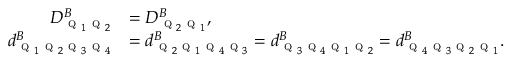
\begin{array} { r l } { D _ { \textsc { q } _ { 1 } \textsc { q } _ { 2 } } ^ { B } } & { = D _ { \textsc { q } _ { 2 } \textsc { q } _ { 1 } } ^ { B } , } \\ { d _ { \textsc { q } _ { 1 } \textsc { q } _ { 2 } \textsc { q } _ { 3 } \textsc { q } _ { 4 } } ^ { B } } & { = d _ { \textsc { q } _ { 2 } \textsc { q } _ { 1 } \textsc { q } _ { 4 } \textsc { q } _ { 3 } } ^ { B } = d _ { \textsc { q } _ { 3 } \textsc { q } _ { 4 } \textsc { q } _ { 1 } \textsc { q } _ { 2 } } ^ { B } = d _ { \textsc { q } _ { 4 } \textsc { q } _ { 3 } \textsc { q } _ { 2 } \textsc { q } _ { 1 } } ^ { B } . } \end{array}